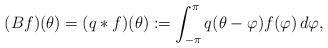
LaTeX: \begin{align*} (Bf)(\theta)=(q*f)(\theta) :=\int_{-\pi}^\pi q(\theta-\varphi)f(\varphi)\,d\varphi,\end{align*}